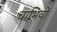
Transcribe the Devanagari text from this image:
चाभियों